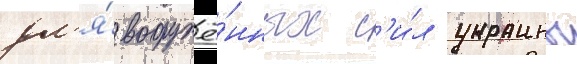
дл'я́ вооружё́нных с'и́л украины